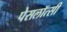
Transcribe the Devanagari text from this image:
पेसलॉत्सी